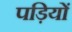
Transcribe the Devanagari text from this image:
पड़ियों